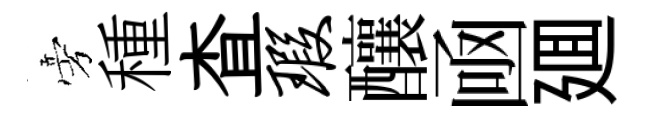
旁種查瑕釀凾廽